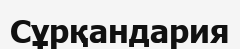
Сұрқандария